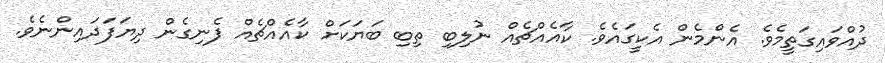
ދުއްވައިގަތީމެވެ. އެންމެން އެކީގައެވެ. ކާއެއްޗެއް ނުލިބި ތިބި ބަޔަކަށް ކާއެއްޗެއް ފެނިގެން ދިޔަފަދައިންނެވެ.